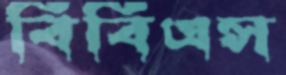
বিবিএস